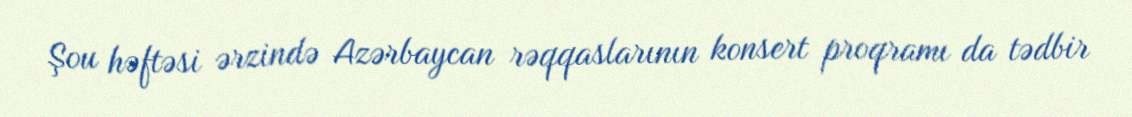
Şou həftəsi ərzində Azərbaycan rəqqaslarının konsert proqramı da tədbir